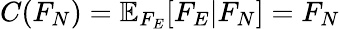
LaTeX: C(F_{N})=\mathbb{E}_{F_{E}}[F_{E}|F_{N}]=F_{N}